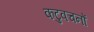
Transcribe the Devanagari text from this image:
कटुवचनों